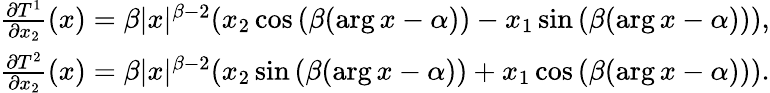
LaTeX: \begin{array}{r}{\frac{\partial T^{1}}{\partial x_{2}}(x)=\beta|x|^{\beta-2}(x_{2}\cos{(\beta(\arg x-\alpha))}-x_{1}\sin{(\beta(\arg x-\alpha))}),}\\ {\frac{\partial T^{2}}{\partial x_{2}}(x)=\beta|x|^{\beta-2}(x_{2}\sin{(\beta(\arg x-\alpha))}+x_{1}\cos{(\beta(\arg x-\alpha))}).}\end{array}